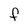
Character: f